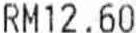
RM12.60